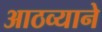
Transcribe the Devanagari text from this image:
आठव्याने